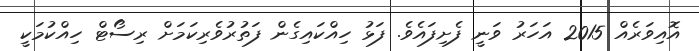
އޮއިވަރެއް 2015 އަހަރު ވަނީ ފެށިފައެވެ. ފަޅު ހިއްކައިގެން ފަތުރުވެރިކަމަށް ރިސޯޓް ހިއްކުމަކީ